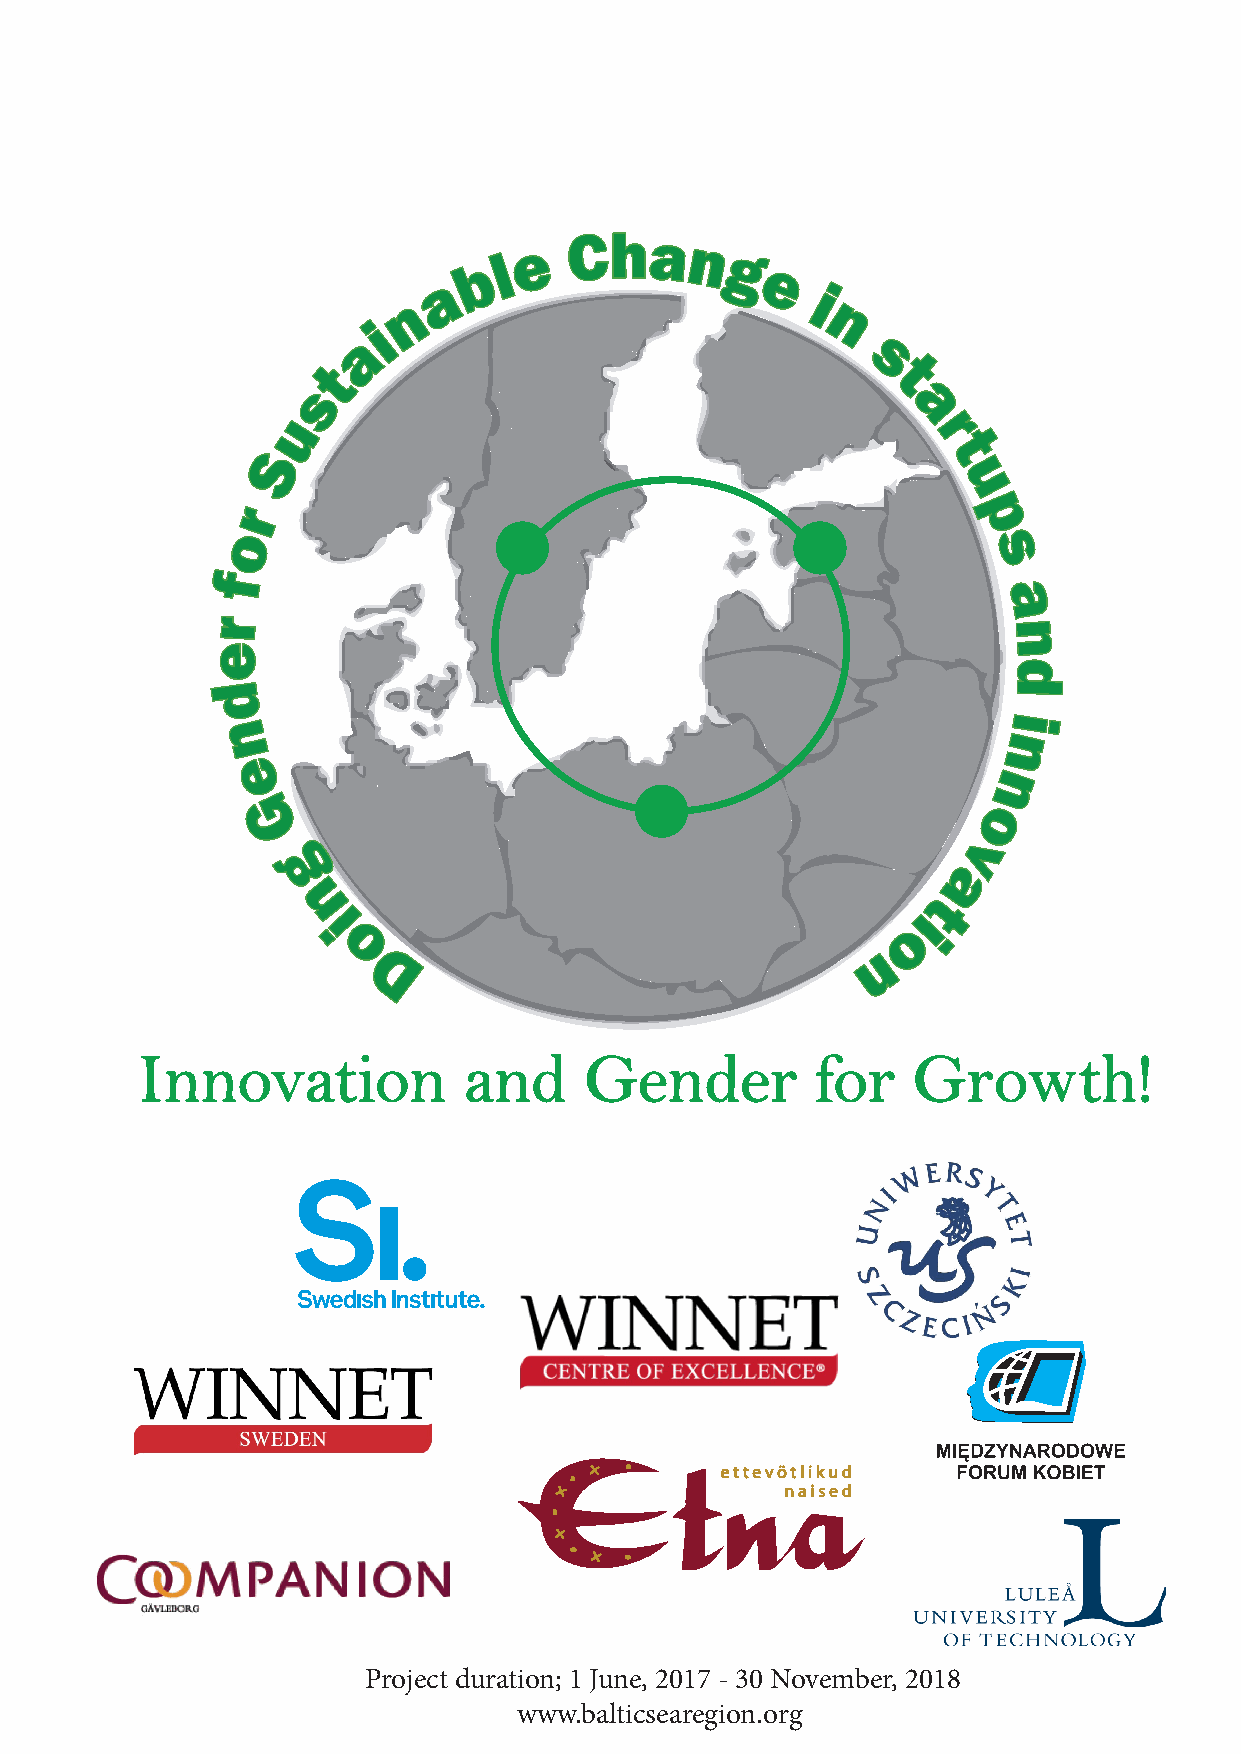
e
 Cha
 n
 b l             g
 a                    e
 n                         i
 n
 i
 a
 s
 t                                    t
 s
 a
 u
 r
 S                                            t
 u
 r                                                p
 o
 s
 f
 a
 r
 n
 e
 d
 d
 i
 n                                                   n
 n
 e
 o
 G
 v
 a
 g
 t
 n
 i                                      i
 o
 o
 n
 D
 InnovatIiGoGn         -a Bnodo Gsteinngd Cehr afnogre G! rowth!
 Project duration; 1 June, 2017 - 30 November, 2018
 www.balticsearegion.org